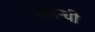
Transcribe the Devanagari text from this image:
संबंन्धी